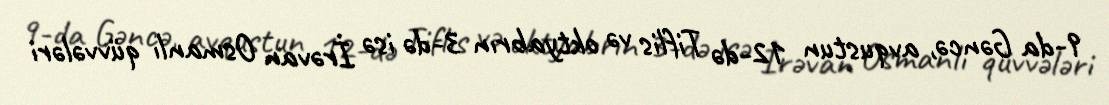
9-da Gəncə, avqustun 12-də Tiflis və oktyabrın 3-də isə İrəvan Osmanlı qüvvələri